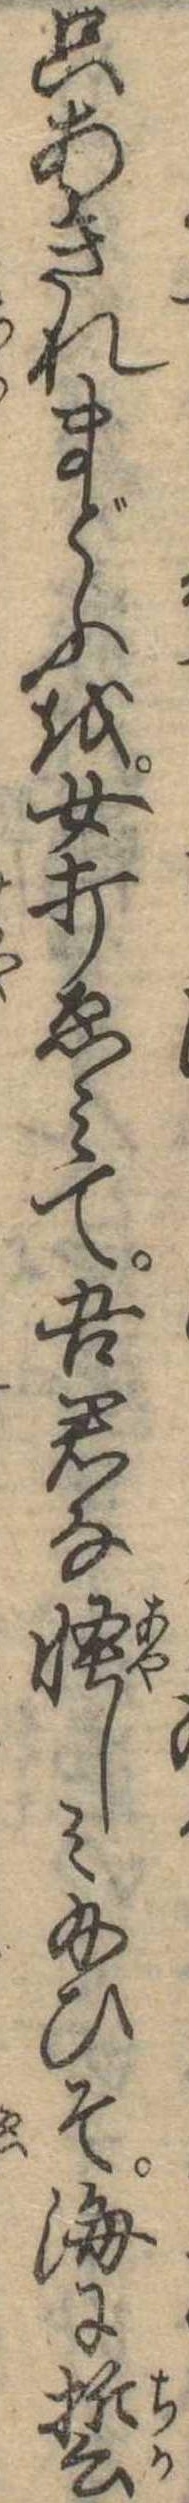
只あきれまどふを女打ゑみて吾君な怪しみ給ひそ海に誓